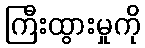
ကြီးထွားမှုကို